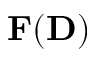
{ \bf F } ( { \bf D } )